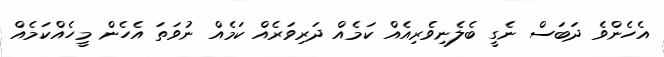
އެހެންވެ ދަބަސް ނެގީ ބެލެނިވެރިއެއް ކަމެއް ދަރިވަރެއް ކަމެއް ނުވަތަ އެހެން މީހެއްކަމެއް